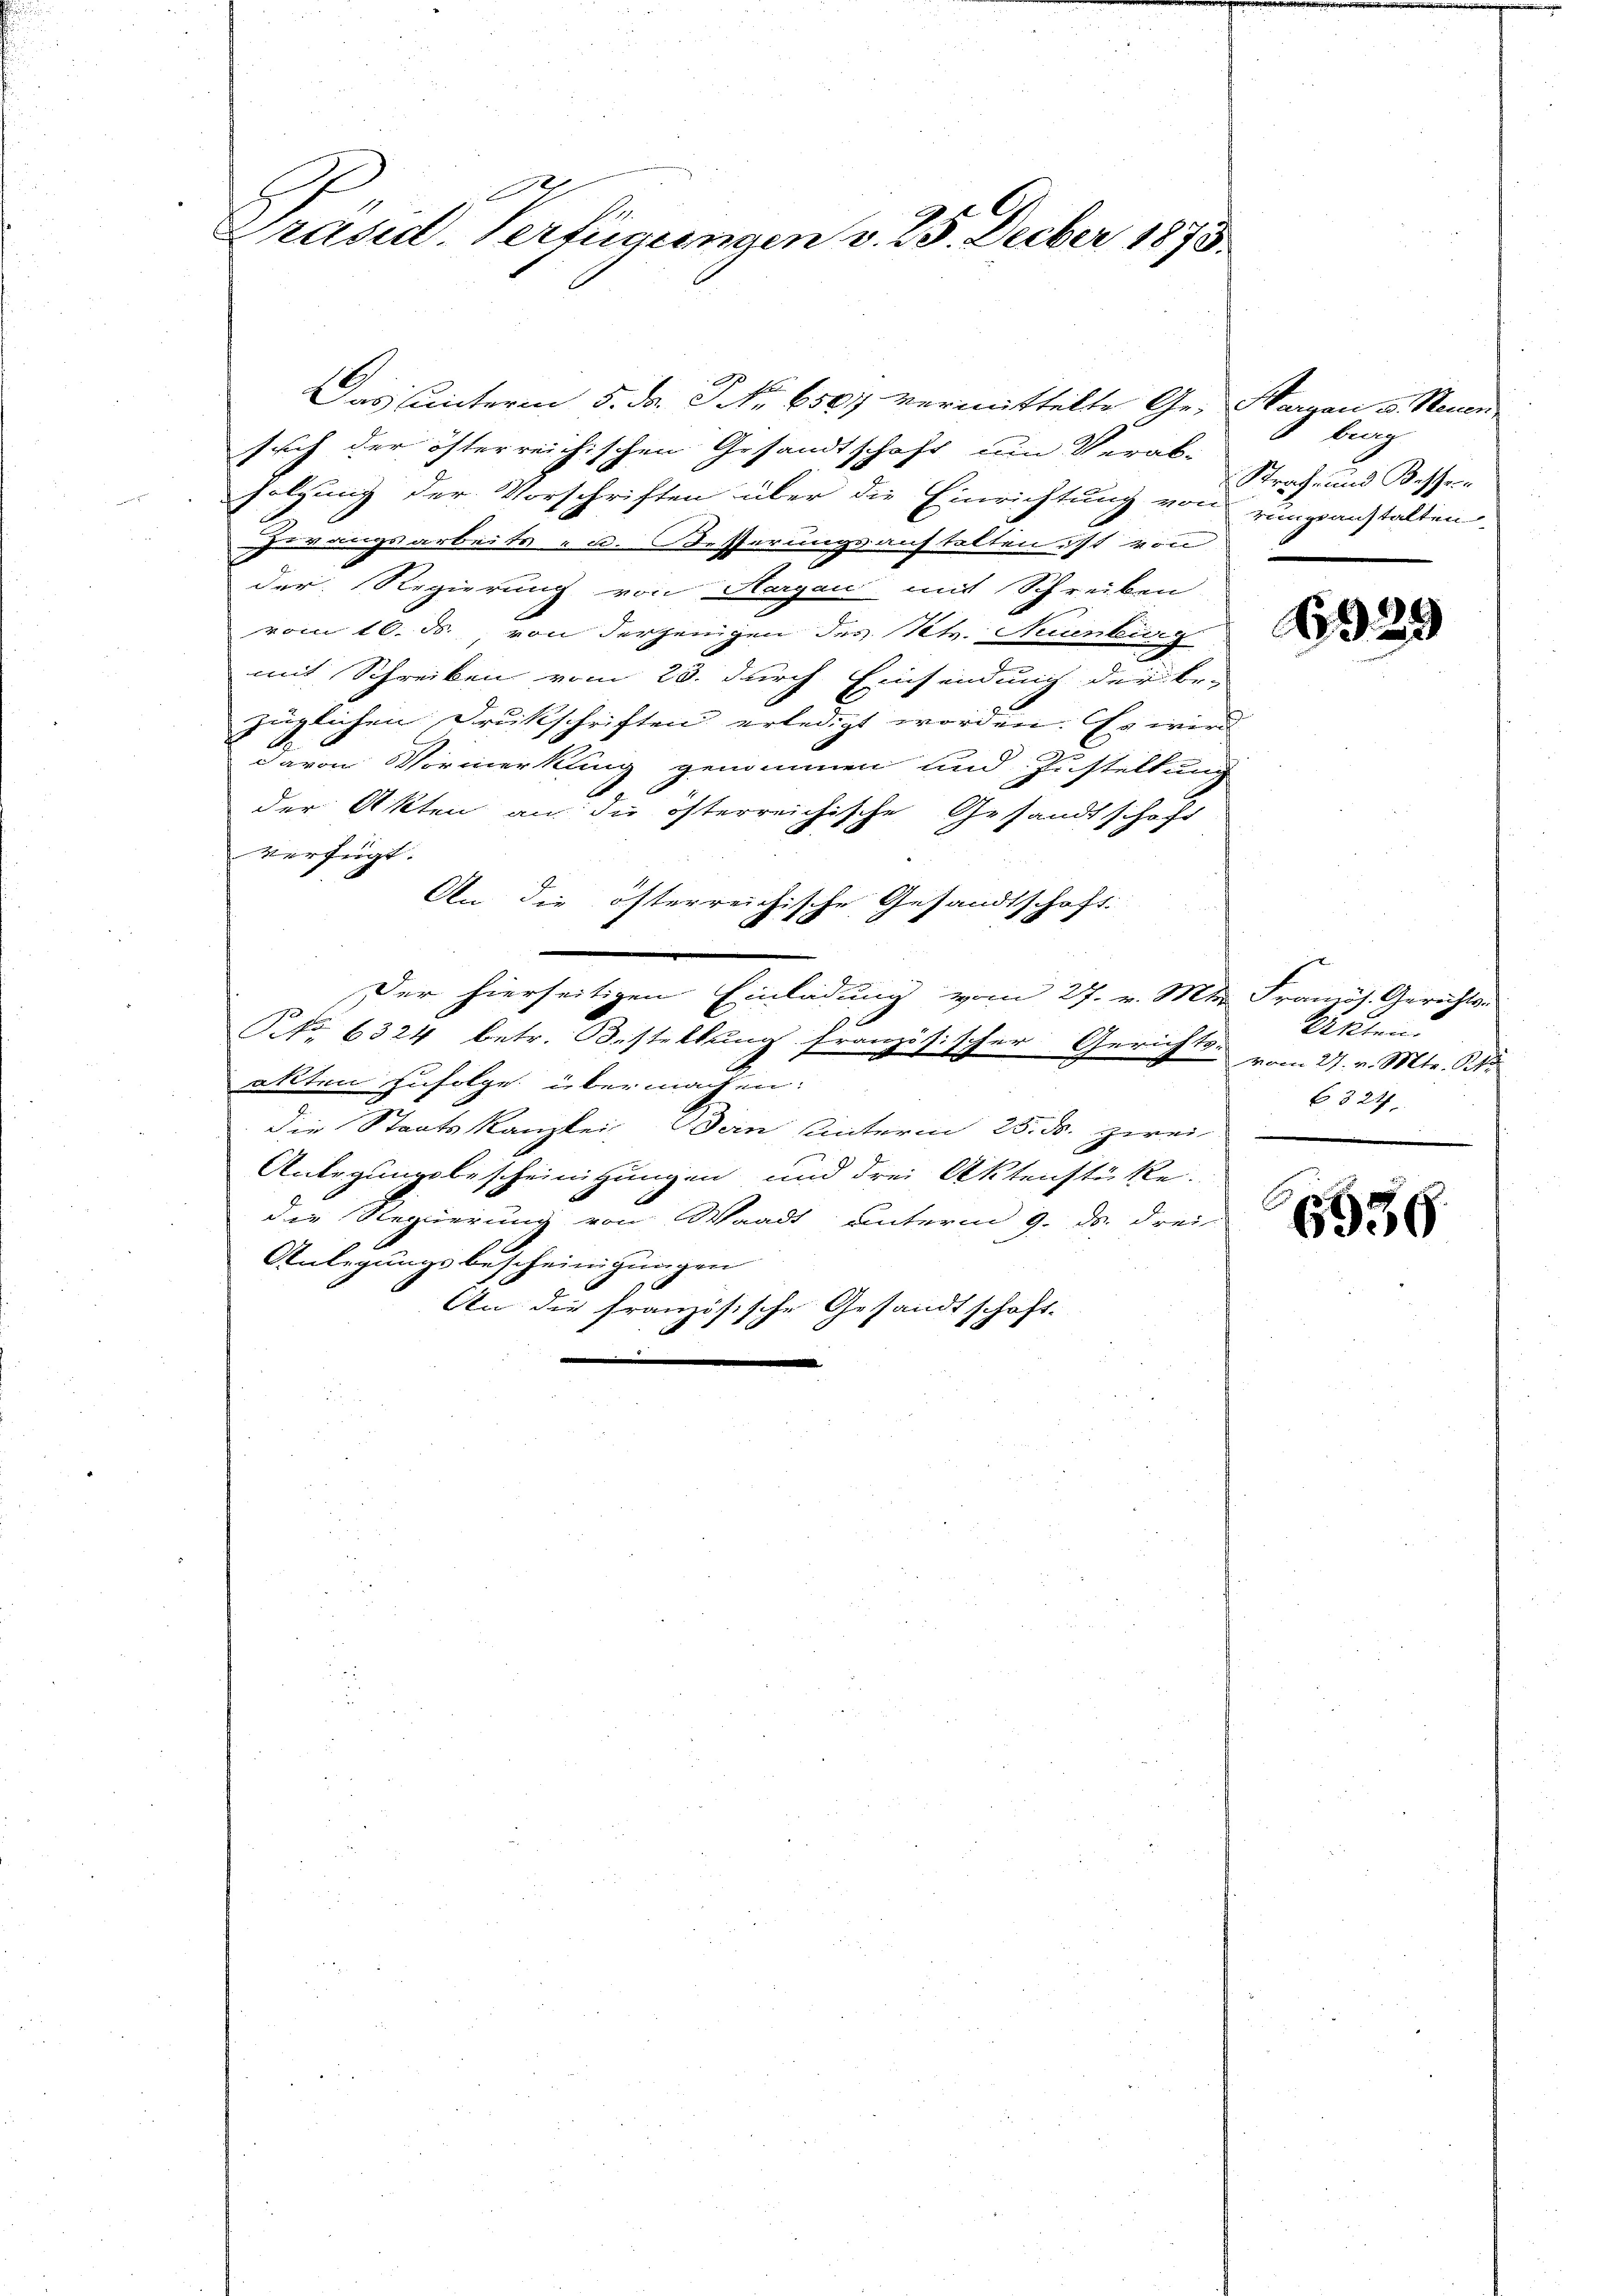
10
H
Präsid. Verfügungen v. 25. Decber 1875.

Das unteren 5. Fr. P. Nr. 6507 vermittelte Ge- Margau v. Neuen
such der österreichischen Gesandtschaft um Verab-
folgung der Vorschriften über die Einrichtung von rungsanstalten
Zugangsarbeits- u. Besserungsauftalten ist von
der Regierung von Aargau mit Schreiben
vom 16. ds. von derjenigen des Kts. Neuenburg
mit Schreiben vom 23. durch Einsendung der Be-
züglichen Drukschriften erledigt worden. Es wird
davon Vormerkung genommen und Justeltum
der Akten an die österreichische Gesandtschaft
verfügt:
An die österreichische Gesandtschaft.
Der hierseitigen Einladung vom 27. v. Mts. Französ. Gerichts-
Ptr 6324 betr. Bestellung franze
psischer Gerichts.
allten zufolge übermachen:
die Staatskanzlei ein Unterm 25. ds. zwei
Anlegungsbescheinigungen und drei Aktenstüke.
die Regierung von Waadt unterm 9. ds. drei
Anlegungsbescheinigungen
An die französische Gesandtschaft.
S
.

lung
Strafe und Kasser

A 29

Akten.
vom 27. v. Mts. Art
324

6936